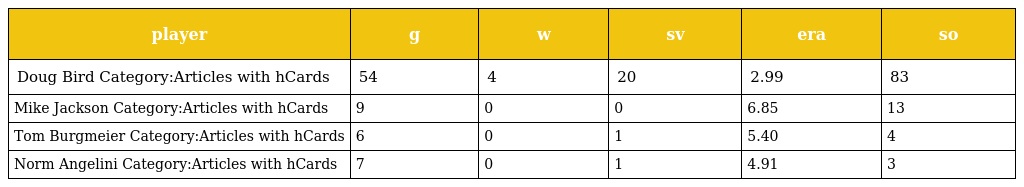
| player | g | w | sv | era | so |
 | --- | --- | --- | --- | --- | --- |
 | Doug Bird Category:Articles with hCards | 54 | 4 | 20 | 2.99 | 83 |
 | Mike Jackson Category:Articles with hCards | 9 | 0 | 0 | 6.85 | 13 |
 | Tom Burgmeier Category:Articles with hCards | 6 | 0 | 1 | 5.40 | 4 |
 | Norm Angelini Category:Articles with hCards | 7 | 0 | 1 | 4.91 | 3 |